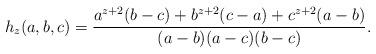
LaTeX: \begin{align*}h_z(a,b,c)=\frac{a^{z+2}(b-c) +b^{z+2}(c-a) + c^{z+2}(a-b) }{ (a-b) (a-c) (b-c)}.\end{align*}